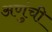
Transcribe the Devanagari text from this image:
अणुंची